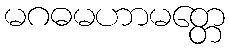
မဂဓမဟာမတ္တေ